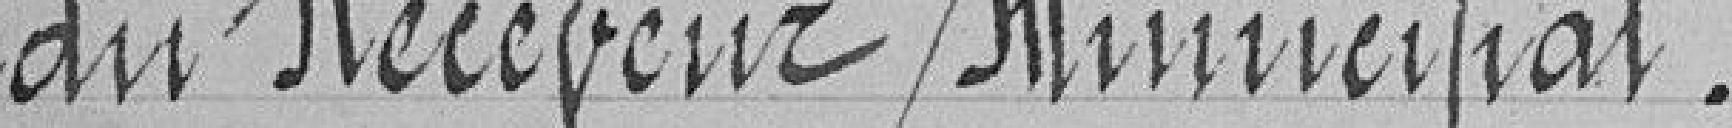
de Receveur Municipal.